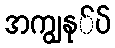
အကျွနု်ပ်